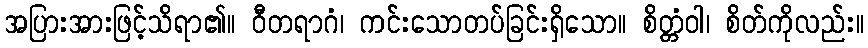
အပြားအားဖြင့်သိရာ၏။ ဝီတရာဂံ၊ ကင်းသောတပ်ခြင်းရှိသော။ စိတ္တံဝါ၊ စိတ်ကိုလည်း။